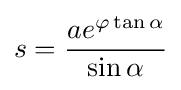
s={\frac {ae^{\varphi \tan \alpha }}{\sin \alpha }}